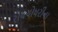
રોયચોધરીના